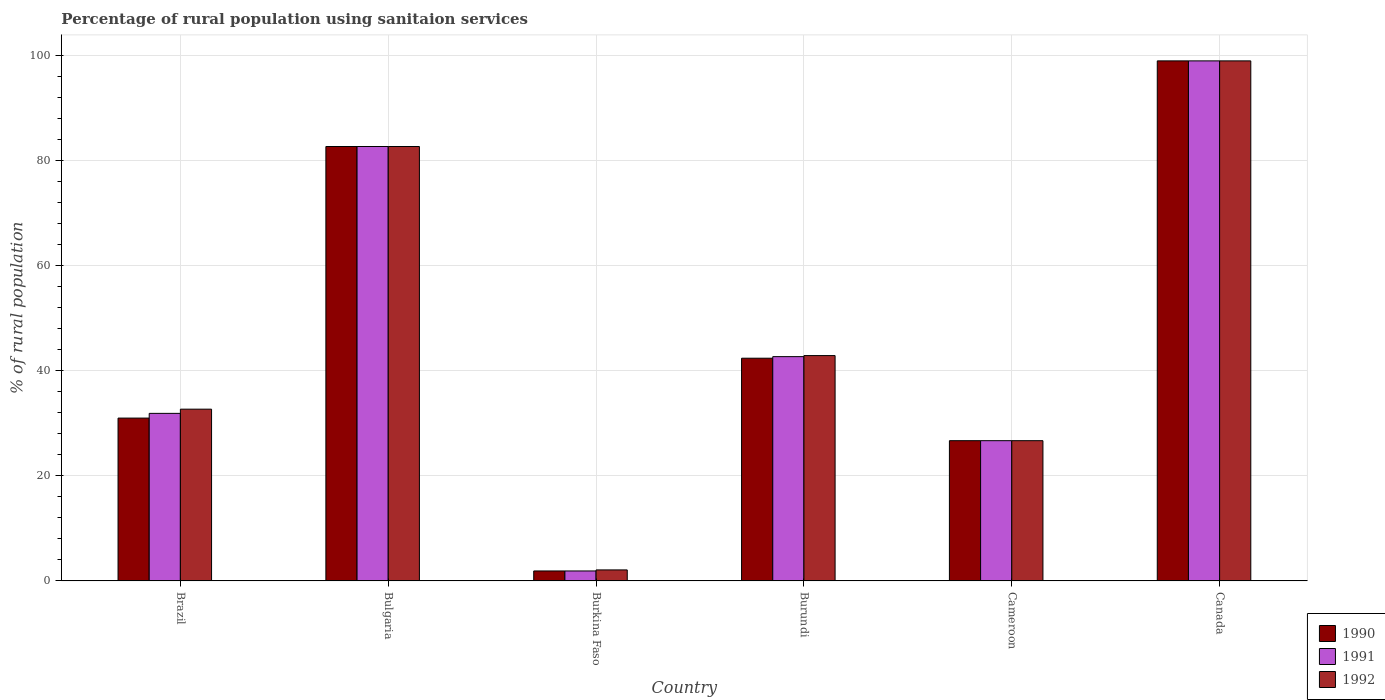
| Country | 1990 | 1991 | 1992 |
 | --- | --- | --- | --- |
 | Brazil | 31 | 31.9 | 32.7 |
 | Bulgaria | 82.7 | 82.7 | 82.7 |
 | Burkina Faso | 1.9 | 1.9 | 2.1 |
 | Burundi | 42.4 | 42.7 | 42.9 |
 | Cameroon | 26.7 | 26.7 | 26.7 |
 | Canada | 99 | 99 | 99 |